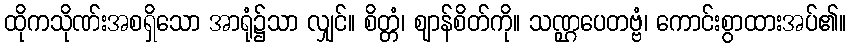
ထိုကသိုဏ်းအစရှိသော အာရုံ၌သာ လျှင်။ စိတ္တံ၊ ဈာန်စိတ်ကို။ သဏ္ဌပေတဗ္ဗံ၊ ကောင်းစွာထားအပ်၏။